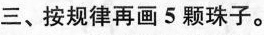
三、按规律再画5颗珠子。